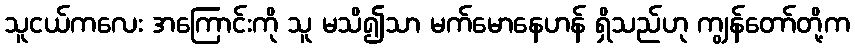
သူငယ်ကလေး အကြောင်းကို သူ မသိ၍သာ မက်မောနေဟန် ရှိသည်ဟု ကျွန်တော်တို့က